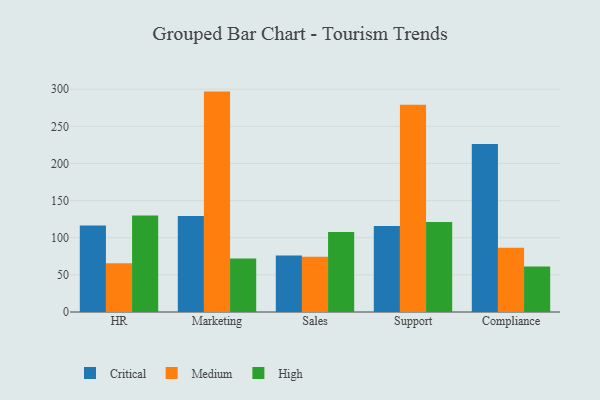
{"axis": {"x": "Department", "y": "Conversion Rate (%)"}, "legend": ["Critical", "High", "Medium"], "data": [{"x": "HR", "y": 116.6, "type": "Critical"}, {"x": "HR", "y": 65.6, "type": "Medium"}, {"x": "HR", "y": 129.8, "type": "High"}, {"x": "Marketing", "y": 129.3, "type": "Critical"}, {"x": "Marketing", "y": 296.8, "type": "Medium"}, {"x": "Marketing", "y": 72.2, "type": "High"}, {"x": "Sales", "y": 76.1, "type": "Critical"}, {"x": "Sales", "y": 74.3, "type": "Medium"}, {"x": "Sales", "y": 107.8, "type": "High"}, {"x": "Support", "y": 115.7, "type": "Critical"}, {"x": "Support", "y": 279.1, "type": "Medium"}, {"x": "Support", "y": 121.2, "type": "High"}, {"x": "Compliance", "y": 226.4, "type": "Critical"}, {"x": "Compliance", "y": 86.6, "type": "Medium"}, {"x": "Compliance", "y": 61.2, "type": "High"}]}